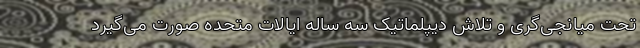
تحت میانجی‌گری و تلاش دیپلماتیک سه ساله ایالات متحده صورت می‌گیرد